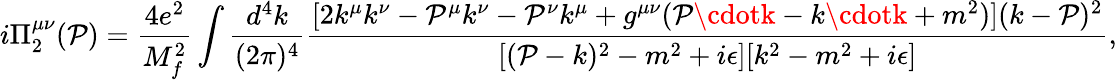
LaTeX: i\Pi_{2}^{\mu\nu}(\mathcal{P})=\frac{{4e^{2}}}{{M_{f}^{2}}}\int\frac{{d^{4}k}}{{(2\pi)^{4}}}\frac{{[2k^{\mu}k^{\nu}-\mathcal{P}^{\mu}k^{\nu}-\mathcal{P}^{\nu}k^{\mu}+g^{\mu\nu}(\mathcal{P}\cdotk-k\cdotk+m^{2})](k-\mathcal{P})^{2}}}{{[(\mathcal{P}-k)^{2}-m^{2}+i\epsilon][k^{2}-m^{2}+i\epsilon]}},